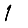
Digit: 1